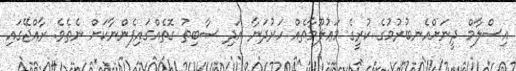
އިސްލާމް ދީނަށްއެނބުރުމުގެ ކުރީގެ މަޢުލޫމާތެއް ހަރުދަނާ އަދި ސާބިތު ގޮތެއްގައިފެންނާކަށް ނެތެވެ. ރާއްޖޭގައި